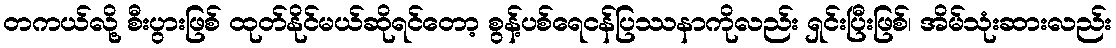
တကယ်လို့ စီးပွားဖြစ် ထုတ်နိုင်မယ်ဆိုရင်တော့ စွန့်ပစ်ရေငန်ပြဿနာကိုလည်း ရှင်းပြီးဖြစ်၊ အိမ်သုံးဆားလည်း